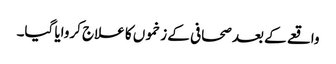
واقعے کے بعد صحافی کے زخموں کا علاج کروایا گیا۔